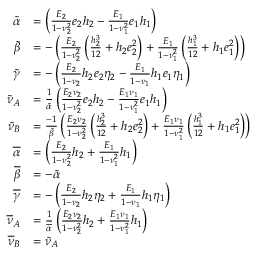
\begin{array} { r l } { \tilde { \alpha } } & { = \left( \frac { E _ { 2 } } { 1 - \nu _ { 2 } ^ { 2 } } e _ { 2 } h _ { 2 } - \frac { E _ { 1 } } { 1 - \nu _ { 1 } ^ { 2 } } e _ { 1 } h _ { 1 } \right) } \\ { \tilde { \beta } } & { = - \left( \frac { E _ { 2 } } { 1 - \nu _ { 2 } ^ { 2 } } \left( \frac { h _ { 2 } ^ { 3 } } { 1 2 } + h _ { 2 } e _ { 2 } ^ { 2 } \right) + \frac { E _ { 1 } } { 1 - \nu _ { 1 } ^ { 2 } } \left( \frac { h _ { 1 } ^ { 3 } } { 1 2 } + h _ { 1 } e _ { 1 } ^ { 2 } \right) \right) } \\ { \tilde { \gamma } } & { = - \left( \frac { E _ { 2 } } { 1 - \nu _ { 2 } } h _ { 2 } e _ { 2 } \eta _ { 2 } - \frac { E _ { 1 } } { 1 - \nu _ { 1 } } h _ { 1 } e _ { 1 } \eta _ { 1 } \right) } \\ { \tilde { \nu } _ { A } } & { = \frac { 1 } { \tilde { \alpha } } \left( \frac { E _ { 2 } \nu _ { 2 } } { 1 - \nu _ { 2 } ^ { 2 } } e _ { 2 } h _ { 2 } - \frac { E _ { 1 } \nu _ { 1 } } { 1 - \nu _ { 1 } ^ { 2 } } e _ { 1 } h _ { 1 } \right) } \\ { \tilde { \nu } _ { B } } & { = \frac { - 1 } { \tilde { \beta } } \left( \frac { E _ { 2 } \nu _ { 2 } } { 1 - \nu _ { 2 } ^ { 2 } } \left( \frac { h _ { 2 } ^ { 3 } } { 1 2 } + h _ { 2 } e _ { 2 } ^ { 2 } \right) + \frac { E _ { 1 } \nu _ { 1 } } { 1 - \nu _ { 1 } ^ { 2 } } \left( \frac { h _ { 1 } ^ { 3 } } { 1 2 } + h _ { 1 } e _ { 1 } ^ { 2 } \right) \right) } \\ { \overline { { \alpha } } } & { = \left( \frac { E _ { 2 } } { 1 - \nu _ { 2 } ^ { 2 } } h _ { 2 } + \frac { E _ { 1 } } { 1 - \nu _ { 1 } ^ { 2 } } h _ { 1 } \right) } \\ { \overline { { \beta } } } & { = - \tilde { \alpha } } \\ { \overline { { \gamma } } } & { = - \left( \frac { E _ { 2 } } { 1 - \nu _ { 2 } } h _ { 2 } \eta _ { 2 } + \frac { E _ { 1 } } { 1 - \nu _ { 1 } } h _ { 1 } \eta _ { 1 } \right) } \\ { \overline { { \nu } } _ { A } } & { = \frac { 1 } { \overline { { \alpha } } } \left( \frac { E _ { 2 } \nu _ { 2 } } { 1 - \nu _ { 2 } ^ { 2 } } h _ { 2 } + \frac { E _ { 1 } \nu _ { 1 } } { 1 - \nu _ { 1 } ^ { 2 } } h _ { 1 } \right) } \\ { \overline { { \nu } } _ { B } } & { = \tilde { \nu } _ { A } } \end{array}